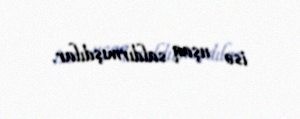
isə uşaq saldırmışdılar.